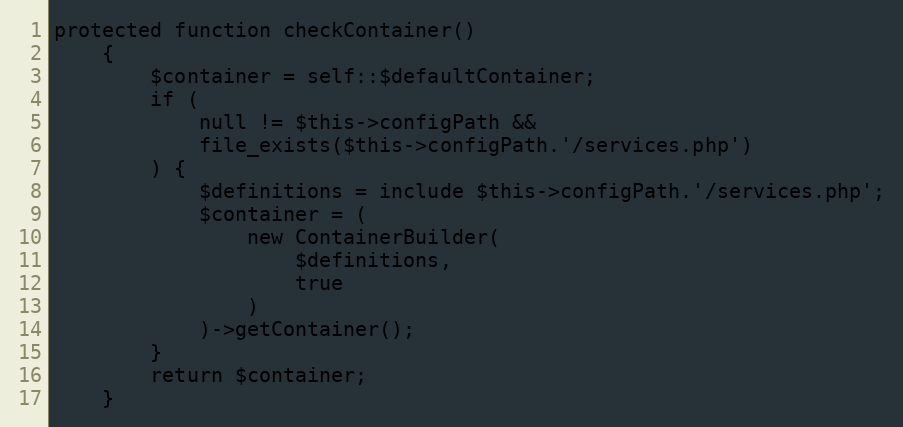
Language: PHP
protected function checkContainer()
    {
        $container = self::$defaultContainer;
        if (
            null != $this->configPath &&
            file_exists($this->configPath.'/services.php')
        ) {
            $definitions = include $this->configPath.'/services.php';
            $container = (
                new ContainerBuilder(
                    $definitions,
                    true
                )
            )->getContainer();
        }
        return $container;
    }